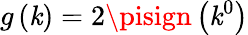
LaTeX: g\left(\mathit{k}\right)=2\pisign\left(\mathit{k}^{0}\right)